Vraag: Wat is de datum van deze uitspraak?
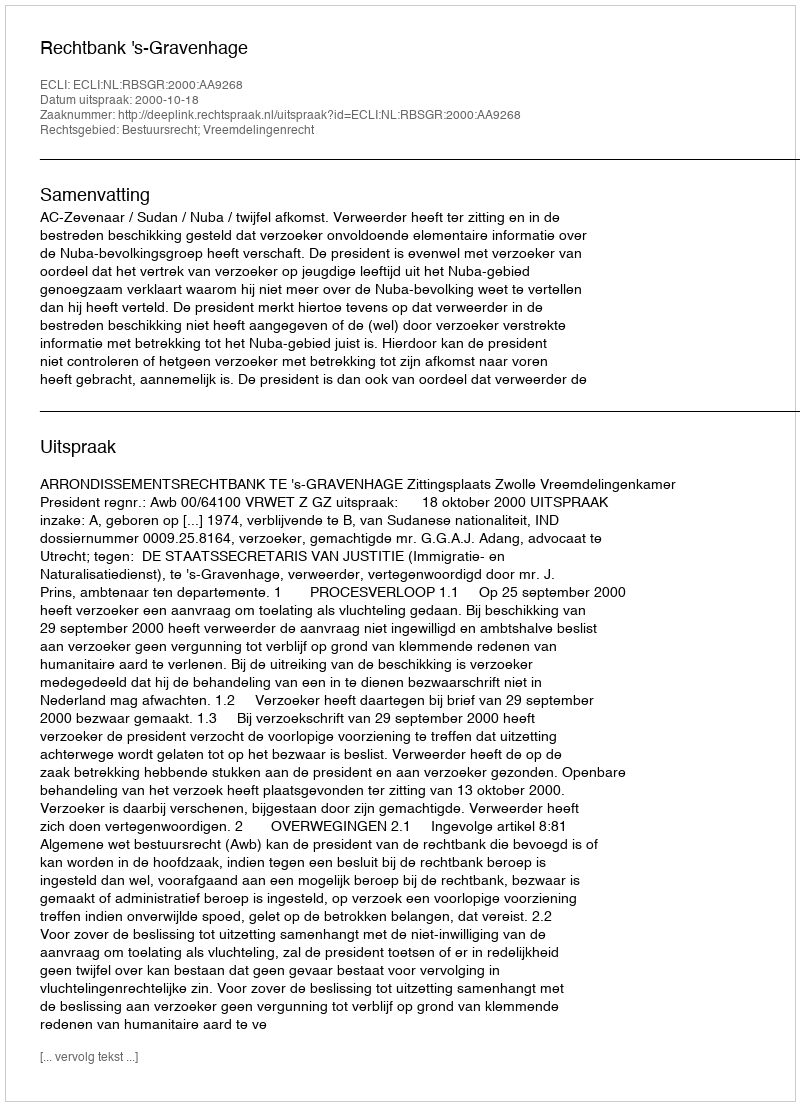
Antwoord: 2000-10-18